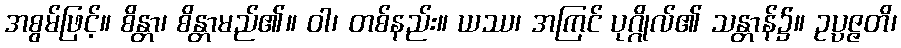
အစွမ်ဖြင့်။ စိန္တာ၊ စိန္တာမည်၏။ ဝါ၊ တစ်နည်း။ ယဿ၊ အကြင် ပုဂ္ဂိုလ်၏ သန္တာန်၌။ ဥပ္ပဇ္ဇတိ၊